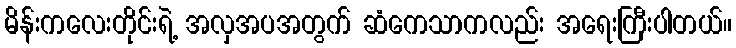
မိန်းကလေးတိုင်းရဲ့ အလှအပအတွက် ဆံကေသာကလည်း အရေးကြီးပါတယ်။